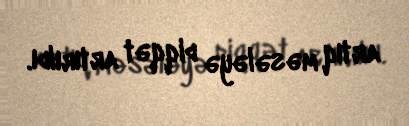
artıq məsələyə diqqət artırıldı.